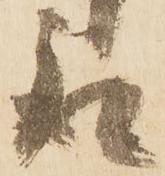
取